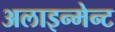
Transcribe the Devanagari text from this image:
अलाइन्मेन्ट